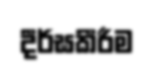
දීර්ඝකීරීම